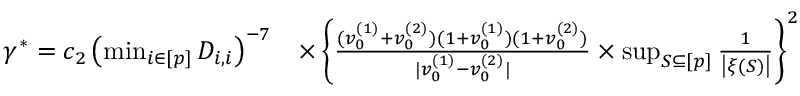
\begin{array} { r l } { \gamma ^ { * } = c _ { 2 } \left( \operatorname* { m i n } _ { i \in [ p ] } D _ { i , i } \right) ^ { - 7 } } & { \times \left\{ \frac { ( v _ { 0 } ^ { ( 1 ) } + v _ { 0 } ^ { ( 2 ) } ) ( 1 + v _ { 0 } ^ { ( 1 ) } ) ( 1 + v _ { 0 } ^ { ( 2 ) } ) } { | v _ { 0 } ^ { ( 1 ) } - v _ { 0 } ^ { ( 2 ) } | } \times \operatorname* { s u p } _ { S \subseteq [ p ] } \frac { 1 } { \left| \xi ( S ) \right| } \right\} ^ { 2 } } \end{array}